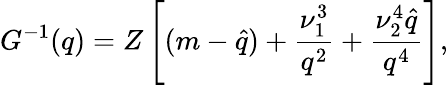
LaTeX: G^{-1}(q)=Z\left[(m-\hat{q})+\frac{\nu_{1}^{3}}{q^{2}}+\frac{\nu_{2}^{4}\hat{q}}{q^{4}}\right],